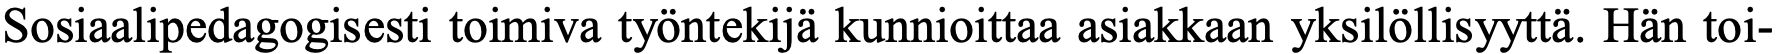
Sosiaalipedagogisesti toimiva työntekijä kunnioittaa asiakkaan yksilöllisyyttä. Hän toi-